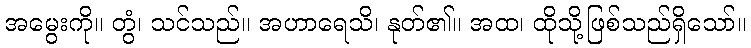
အမွေးကို။ တွံ၊ သင်သည်။ အဟာရေသိ၊ နုတ်၏။ အထ၊ ထိုသို့ဖြစ်သည်ရှိသော်။